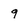
Character: 9